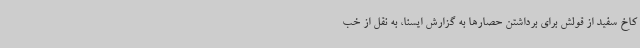
کاخ سفید از قولش برای برداشتن حصارها به گزارش ایسنا، به نقل از خب